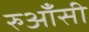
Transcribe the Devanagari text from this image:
रुआँसी